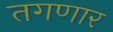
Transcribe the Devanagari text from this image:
तगणार